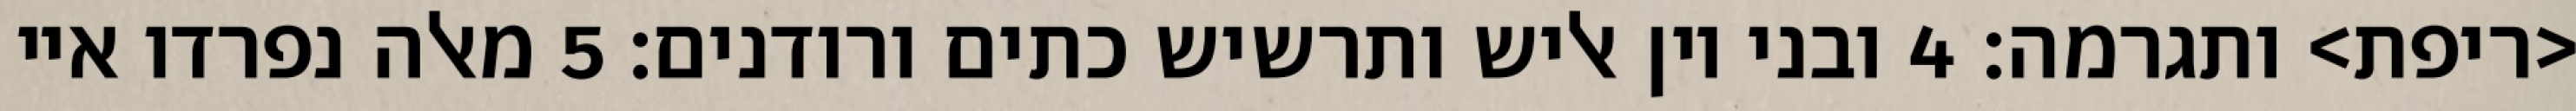
<ריפת> ותגרמה׃ ‎4‏ ובני יון אליש ותרשיש כתים ורודנים׃ ‎5‏ מאלה נפרדו איי